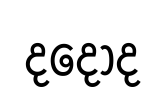
දදොද